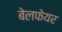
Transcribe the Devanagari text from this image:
बेलफेयर